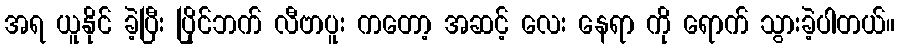
အရ ယူနိုင် ခဲ့ပြီး ပြိုင်ဘက် လီဗာပူး ကတော့ အဆင့် လေး နေရာ ကို ရောက် သွားခဲ့ပါတယ်။